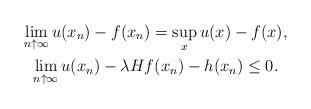
LaTeX: \begin{gather*}\lim_{n \uparrow \infty} u(x_n) - f(x_n) = \sup_x u(x) - f(x), \\\lim_{n \uparrow \infty} u(x_n) - \lambda H f(x_n) - h(x_n) \leq 0.\end{gather*}